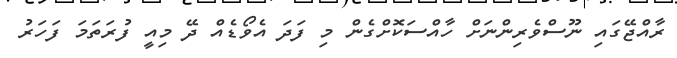
ރާއްޖޭގައި ނޫސްވެރިންނަށް ހާއްސަކޮށްގެން މި ފަދަ އެވޯޑެއް ދޭ މިއީ ފުރަތަމަ ފަހަރު